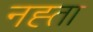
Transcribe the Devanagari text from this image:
नह्ता